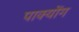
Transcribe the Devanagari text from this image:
पाक्योंग